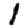
Digit: 1